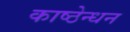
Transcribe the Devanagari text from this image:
काष्ठेन्धन